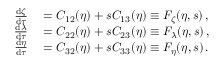
\begin{array} { r l } { \frac { \mathrm { d } \zeta } { \mathrm { d } \tau } } & { { } = C _ { 1 2 } ( \eta ) + s C _ { 1 3 } ( \eta ) \equiv F _ { \zeta } ( \eta , s ) \, , } \\ { \frac { \mathrm { d } \lambda } { \mathrm { d } \tau } } & { { } = C _ { 2 2 } ( \eta ) + s C _ { 2 3 } ( \eta ) \equiv F _ { \lambda } ( \eta , s ) \, , } \\ { \frac { \mathrm { d } \eta } { \mathrm { d } \tau } } & { { } = C _ { 3 2 } ( \eta ) + s C _ { 3 3 } ( \eta ) \equiv F _ { \eta } ( \eta , s ) \, . } \end{array}